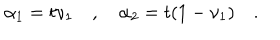
LaTeX: \alpha _ { 1 } = t \nu _ { 1 } \quad , \quad \alpha _ { 2 } = t ( 1 - \nu _ { 1 } ) \quad .